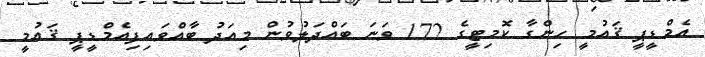
އެމްޑީޕީ ޤައުމީ ހިންގާ ކޮމިޓީގެ 172 ވަނަ ބައްދަލުވުން މިއަދު ބާއްވައިފިއެމްޑީޕީ ޤައުމީ